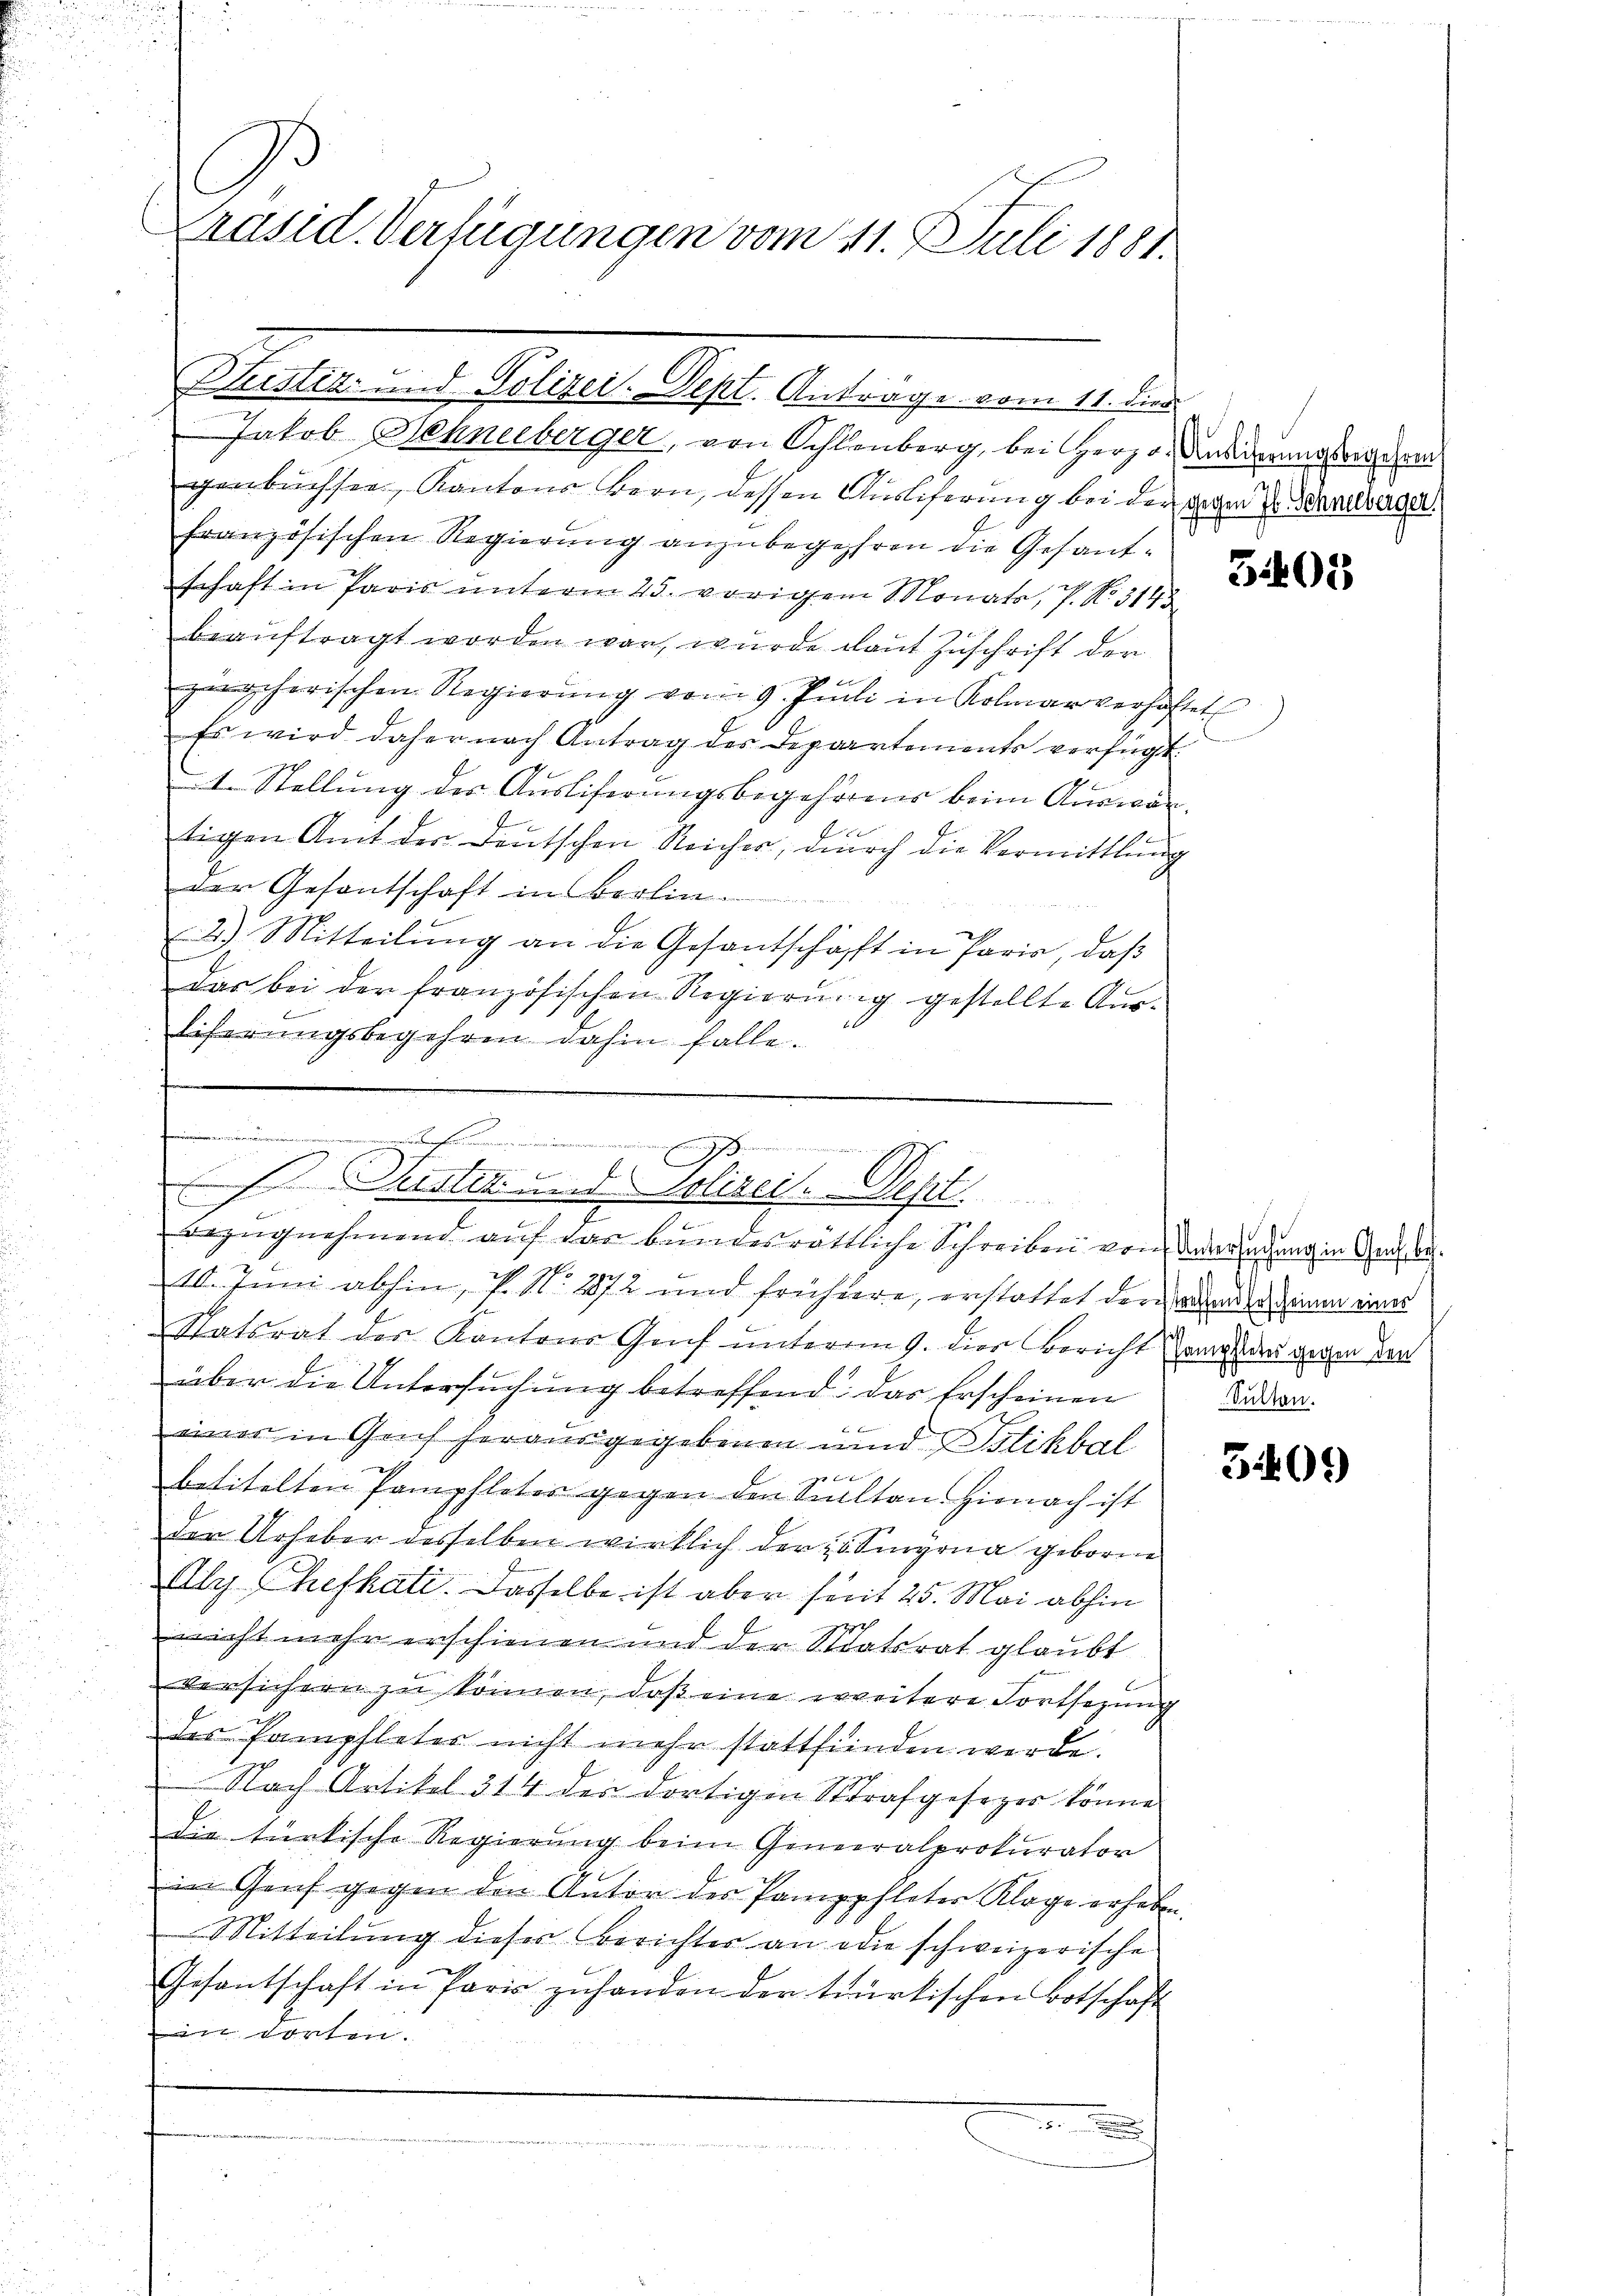
C
Präsid. Verfügungen vom 11. Juli 1881.

Christiz- und Polizei-Sept. Anträge vom 11. dies

Jakob Schneeberger, von Schlenberg, bei Herzo. Anderungsorgehen
genbüchsen, Kantons Bern, dessen Ausliferung bei der gegen der Beantrage
französischen Regierung anzubegehren die Gesandschaft in Paris unterm 25. vorigem Monato, 7. No 914
beauftragt worden war, wurde laut Zuschrift der
 xx
genscherischen Regierŭng vom 9. Juli in Kolmar verhaftet
Es wird daher nach Antrag des Departements verfügt
1. Stellung des Ausliferungsbegehörens beim Auswärd
tigen Amt der Deutschen Reicher, durch die Vermittlung
der Gesantschaft in Berlin.
2) Mitteilŭng an die Gesantschäft in Paris, daβ
das bei der französischen Regierung gestellte Aus-
liferungsbegehren dahin falle.
.
10. Juni abhin, k.M. 1872 und frühere, erstattet dergane dem eines
Statsrat der Kantons Genf unterm 9. dies Bericht an den gegen den
über die Untersuchung betreffend das Erscheinen Baden.
F
einer in Gruf herausgegebenen und stikbal

betitelten Pamphleter gegen den Kalten. Hienach ist
den Urheber desselben wirklich der 25. Sinyrna geborne
Aly Chefhati. Dasselbe ist aber serit 25. Mai abhin
nicht mehr erschienen und der Staatsrat glaubt
versichern zu können, daß eine weitere Fortsezung
des Pamphleter nicht mehr stattfinden werde.
 Nach Artikel 314 der dortigen Strafgesezer könne
die türkische Regierung beim Generalprokurator
in Genf gegen den Antor des Pamppfleter Klage erhaben.
Mitteilung dieser Berichter an die schweizerische
Gesantschaft in Paris zŭ handen der türkischen Botschaft
n dorten.

B
      Amerinne an die
e

.
b
r
 Justiz und Polizei. Sept.
7
Bezugnehmend auf das bundesrattliche Schreiben von Versuchung in Gene¬

3409